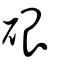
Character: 硍